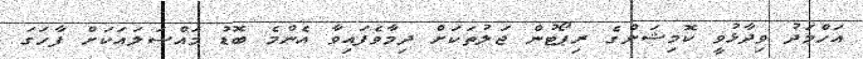
އަހްމަދު ވިދާޅުވީ ކޮމިޝަންގެ ރިޕޯޓުން ޖަލުތަކަށް ދިމާވެފައިވާ އެންމެ ބޮޑު މައްސަލައަކަށް ފާހަގަ